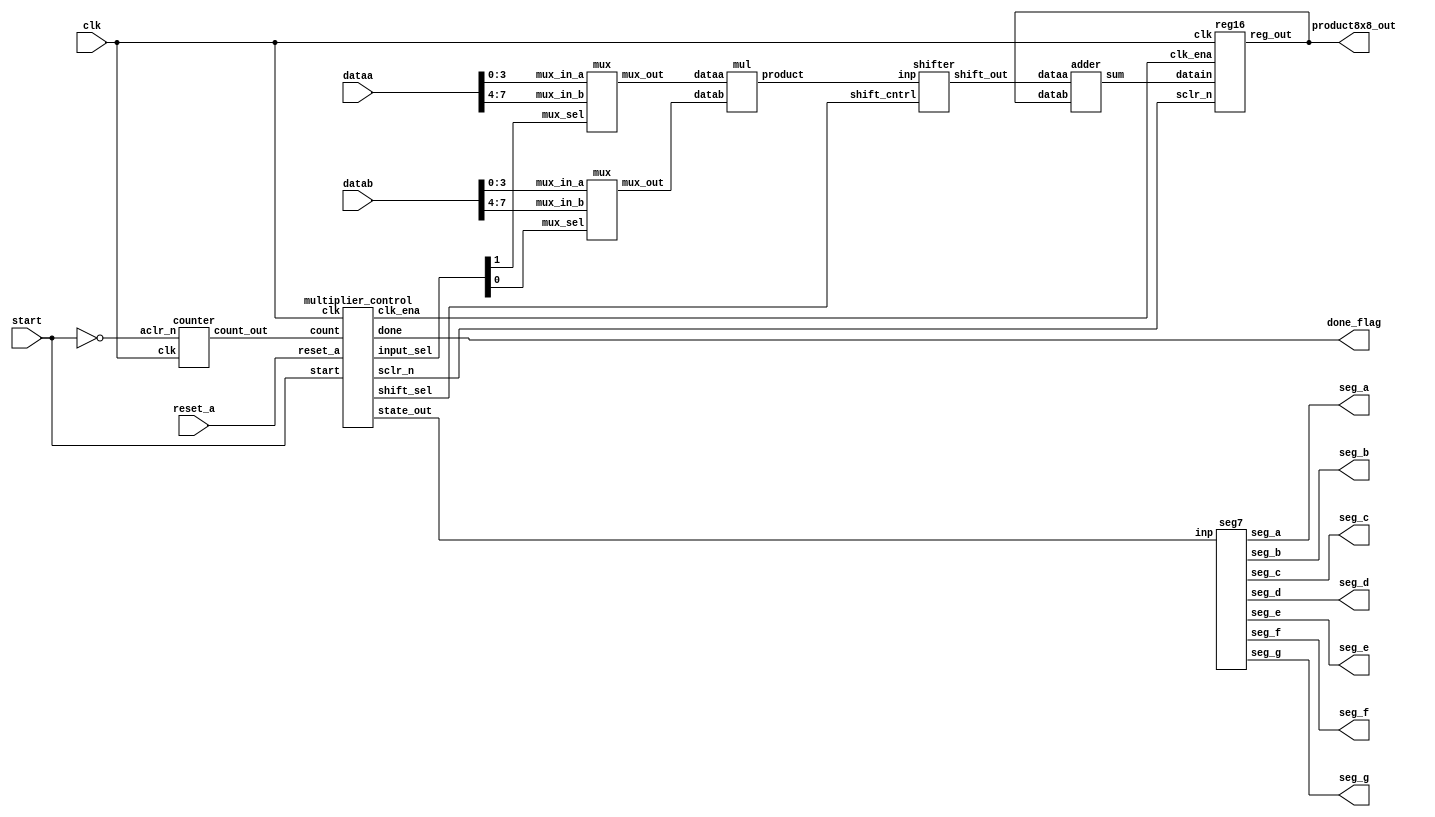
module top_layer(
    input [7:0] dataa,datab,
    input start ,reset_a,clk,
    output done_flag,
    output seg_a,seg_b,seg_c,seg_d,seg_e,seg_f,seg_g,
    output [15:0] product8x8_out
);
///needed wires
wire sclr_n,clk_ena;
wire [1:0] sel,shift,count;
wire [2:0] state_out;
wire [3:0] aout,bout;
wire [7:0] product;
wire [15:0] sum,shift_out;


/////instantiation//////
mux first_mux(.mux_in_a(dataa[3:0]),.mux_in_b(dataa[7:4]),.mux_sel(sel[1]),.mux_out(aout[3:0]));
mux second_mux(.mux_in_a(datab[3:0]),.mux_in_b(datab[7:4]),.mux_sel(sel[0]),.mux_out(bout[3:0]));

mul multiplier_4bit(.dataa(aout),.datab(bout),.product(product));

shifter shift_register(.inp(product),.shift_cntrl(shift),.shift_out(shift_out));

adder adder_16bit(.dataa(shift_out),.datab(product8x8_out),.sum(sum));

counter counter(.clk(clk),.aclr_n(~start),.count_out(count));

reg16 register_16bit(.clk(clk),.sclr_n(sclr_n),.clk_ena(clk_ena),.datain(sum),.reg_out(product8x8_out));

multiplier_control fsm(.clk(clk),
    .reset_a(reset_a),
    .start(start),
    .count(count),
    .input_sel(sel),
    .shift_sel(shift),
    .state_out(state_out),
    .done(done_flag),
    .clk_ena(clk_ena),
    .sclr_n(sclr_n));

seg7 led(state_out,seg_a,seg_b,seg_c,seg_d,seg_e,seg_f,seg_g);

endmodule

////mux////
module mux (
 input [3:0] mux_in_a,mux_in_b,
 input mux_sel,
 output reg [3:0] mux_out
);
   always @*
   begin 
     case(mux_sel)
     1'b0 : mux_out = mux_in_a;
     1'b1 : mux_out = mux_in_b;
     default :mux_out =4'bx;
     endcase
   end
endmodule

////mult4x4////
module mul(
          input [3:0] dataa,datab,
          output[7:0] product

 );
assign product = dataa * datab;
endmodule

////shifter////
module shifter(
    input [7:0]inp ,
    input  [1:0]shift_cntrl,
    output reg [15:0] shift_out 

);
    always@*
      begin 
      case(shift_cntrl)
      2'b01:shift_out = inp <<4;
      2'b10:shift_out = inp <<8;
      default:shift_out = inp;
      endcase
      end
endmodule

///adder///
module adder(
     input  [15:0]dataa,datab,
     output [15:0]sum
);
assign sum = dataa+datab ;
endmodule

////counter///
module counter(
   input clk ,aclr_n,
   output [1:0] count_out 
);
//registers 
reg [1:0] state_reg,state_next;
//reg logic
always@(posedge clk , negedge aclr_n)
  begin 
 state_reg<= 2'b00;
  if(aclr_n==0)
   state_reg<= 2'b00;
  else 
   state_reg<=state_next;
  end
//next state logic
always@*
begin 
 if(aclr_n==0)
   state_next= 2'b00;
 else 
   state_next=state_reg+1;
       
end 

assign count_out = state_reg ;

endmodule

/////register////
module reg16 (
     input clk,sclr_n,clk_ena,
     input[15:0] datain ,
     output reg [15:0]reg_out);

     always@(posedge clk)
       begin
         if (clk_ena==1 &sclr_n==0)
                reg_out=16'b0 ;
         else if (clk_ena==1 &sclr_n==1)
                reg_out=datain ;
         else 
                reg_out=reg_out;
       end
endmodule


////fsm///
module  multiplier_control (
        
          input clk ,start ,reset_a,
          input [1:0] count ,
          output reg done , clk_ena ,sclr_n,
          output reg [1:0] input_sel ,shift_sel,
          output  reg [2:0] state_out
);
//states.........
reg [2:0] state_reg,next_state;

localparam idle = 3'b000;
localparam lsb = 3'b001;
localparam mid = 3'b010;
localparam msb = 3'b011;
localparam calc_done = 3'b100;
localparam eer = 3'b101;

always@(posedge clk , negedge reset_a)
begin
    if(!reset_a)
        state_reg<=idle;
    else
        state_reg<=next_state;
end
/// next state logic 
always@*
begin
  state_out=idle;
  done =0;
  clk_ena=0;
  sclr_n=0;
  input_sel=0;
  shift_sel=0;
  case(state_reg)
  idle:
  begin
  state_out=0;
    if(start==0)
    begin
    next_state=idle;
    input_sel=2'bxx;
    shift_sel=2'bxx;
    done =0;
    clk_ena=0;
    sclr_n=1;
    end
    else
    begin
    next_state=lsb;
    input_sel=2'bxx;
    shift_sel=2'bxx;
    done =0;
    clk_ena=1;
    sclr_n=0;
    end
  end

 lsb:
  begin
  state_out=1;
    if(start==0&&count==2'b00)
    begin
    next_state=mid;
    input_sel=2'b00;
    shift_sel=2'b00;
    done =0;
    clk_ena=1;
    sclr_n=1;
    end
    else
    begin
    next_state=eer;
    input_sel=2'bxx;
    shift_sel=2'bxx;
    done =0;
    clk_ena=0;
    sclr_n=1;
    end
  end

mid:
  begin
  state_out=2;
    if(start==0&&count==2'b01)
    begin
    next_state=mid;
    input_sel=2'b01;
    shift_sel=2'b01;
    done =0;
    clk_ena=1;
    sclr_n=1;
    end
    else if(start==0&&count==2'b10)
    begin
    next_state=msb;
    input_sel=2'b10;
    shift_sel=2'b01;
    done =0;
    clk_ena=1;
    sclr_n=1;
    end
    else
    begin
    next_state=eer;
    input_sel=2'bxx;
    shift_sel=2'bxx;
    done =0;
    clk_ena=0;
    sclr_n=1;
    end
  end

msb:
  begin
  state_out=3;
    if(start==0&&count==2'b11)
    begin
    next_state=calc_done;
    input_sel=2'b11;
    shift_sel=2'b10;
    done =0;
    clk_ena=1;
    sclr_n=1;
    end
    else
    begin
    next_state=eer;
    input_sel=2'bxx;
    shift_sel=2'bxx;
    done =0;
    clk_ena=0;
    sclr_n=1;
    end
  end

calc_done:
  begin
  state_out=4;
    if(start==0)
    begin
    next_state=idle;
    input_sel=2'bxx;
    shift_sel=2'bxx;
    done =1;
    clk_ena=0;
    sclr_n=1;
    end
    else
    begin
    next_state=eer;
    input_sel=2'bxx;
    shift_sel=2'bxx;
    done =0;
    clk_ena=0;
    sclr_n=1;
    end
  end

eer:
  begin
  state_out=5;
    if(start==0)
    begin
    next_state=eer;
    input_sel=2'bxx;
    shift_sel=2'bxx;
    done =0;
    clk_ena=0;
    sclr_n=1;
    end
    else
    begin
    next_state=lsb;
    input_sel=2'bxx;
    shift_sel=2'bxx;
    done =0;
    clk_ena=1;
    sclr_n=0;
    end
  end

default:
begin
next_state=state_reg;
state_out=0;
end


endcase


end

endmodule

///seven segment///
module seg7 (
    input [2:0] inp,
    output seg_a,seg_b,seg_c,seg_d,seg_e,seg_f,seg_g

);
reg [6:0] seg ;
assign {seg_a,seg_b,seg_c,seg_d,seg_e,seg_f,seg_g}=seg;
     always@*
         begin
            case(inp)
             3'b000: seg=7'b1111110;
             3'b001: seg=7'b0110000;
             3'b010: seg=7'b1101101;
             3'b011: seg=7'b1111001;
             default: seg=7'b1001111;
             endcase 
         end
endmodule